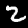
Label: 2